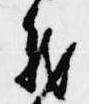
義